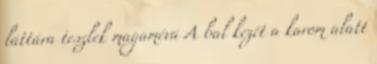
láttára teszlek magamévá A bal kezét a karom alatt